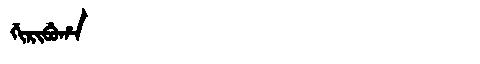
Manchu: ᡤᡳᡵᡳᠪᡠᡥᠠ
Romanization: GIRIBUHA